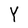
Character: Y